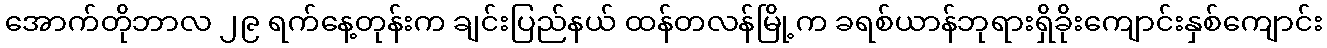
အောက်တိုဘာလ ၂၉ ရက်နေ့တုန်းက ချင်းပြည်နယ် ထန်တလန်မြို့က ခရစ်ယာန်ဘုရားရှိခိုးကျောင်းနှစ်ကျောင်း